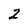
Character: 2